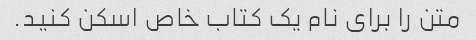
متن را برای نام یک کتاب خاص اسکن کنید.